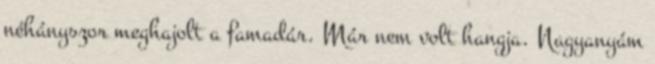
néhányszor meghajolt a famadár. Már nem volt hangja. Nagyanyám